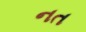
નત